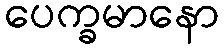
ပေက္ခမာနော